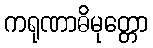
ကရုဏာဓိမုတ္တော